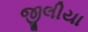
જીલીયા